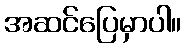
အဆင်ပြေမှာပါ။